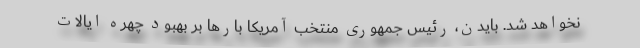
نخواهد شد. بایدن، رئیس جمهوری منتخب آمریکا بارها بر بهبود چهره ایالات